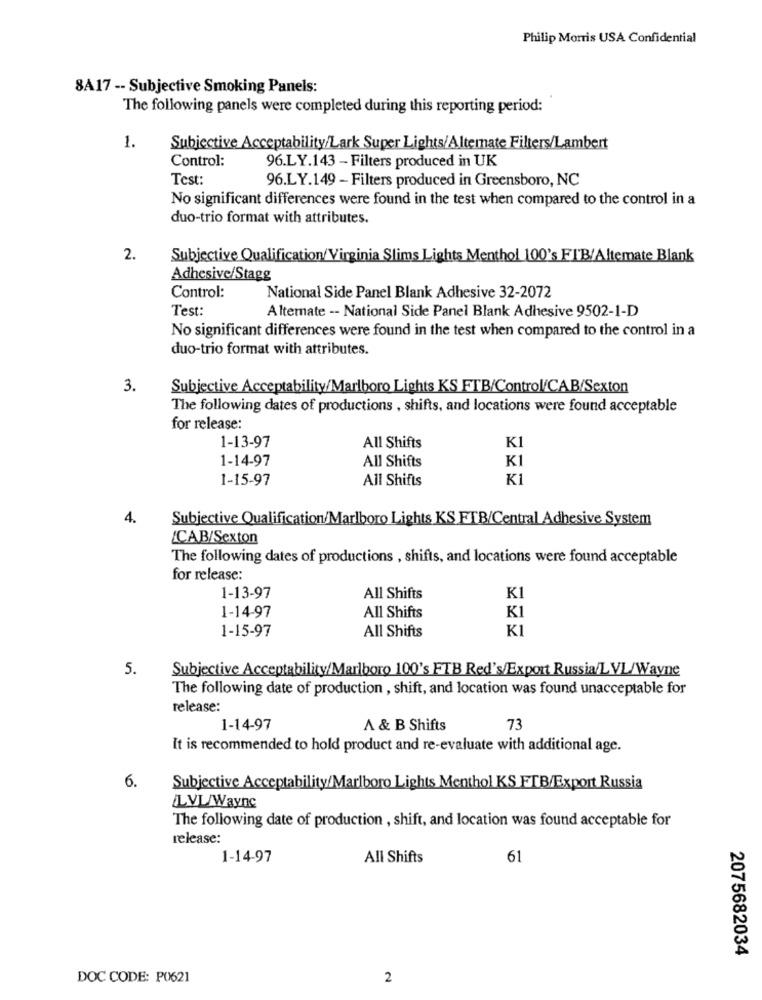
Philip Morris USA Confidential
8A17 -- Subjective Smoking Panels:
The following panels were completed during this reporting period:
1.
Subjective Acceptability/Lark Super Lights/Alternate Filters/Lambert
Control:
96.LY.143 - Filters produced in UK
Test:
96.LY.149 - Filters produced in Greensboro, NC
No significant differences were found in the test when compared to the control in a
duo-trio format with attributes.
2.
Subjective Qualification/Virginia Slims Lights Menthol 100's FIB/Altemate Blank
Adhesive/Stagg
Control:
National Side Panel Blank Adhesive 32-2072
Test:
Alternate -- National Side Panel Blank Adhesive 9502-1-D
No significant differences were found in the test when compared to the control in a
duo-trio format with attributes.
3.
Subjective Acceptability/Marlboro Lights KS FTB/Control/CAB/Sexton
The following dates of productions , shifts, and locations were found acceptable
for release:
1-13-97
K1
All Shifts
1-14-97
All Shifts
KI
1-15-97
All Shifts
K1
4.
Subjective Qualification/Marlboro Lights KS FTB/Central Adhesive System
CAB/Sexton
The following dates of productions , shifts, and locations were found acceptable
for release:
1-13-97
All Shifts
1-14-97
All Shifts
KI
1-15-97
All Shifts
KI
5.
Subjective Acceptability/Marlboro 100's FTB Red's/Export Russia/LVL/Wayne
The following date of production , shift, and location was found unacceptable for
release:
1-14-97
A & B Shifts
73
It is recommended to hold product and re-evaluate with additional age.
6.
Subjective Acceptability/Marlboro Lights Menthol KS FTB/Export Russia
LVL/Waync
The following date of production , shift, and location was found acceptable for
release:
1-14-97
All Shifts
61
2075682034
DOC CODE: P0621
2